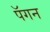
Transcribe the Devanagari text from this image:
पॅगन